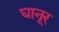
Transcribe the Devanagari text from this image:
घानूर